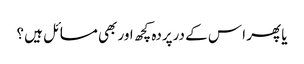
یا پھر ا س کے درپردہ کچھ اور بھی مسائل ہیں ؟